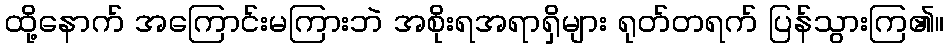
ထို့နောက် အကြောင်းမကြားဘဲ အစိုးရအရာရှိများ ရုတ်တရက် ပြန်သွားကြ၏။